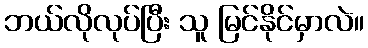
ဘယ်လိုလုပ်ပြီး သူ မြင်နိုင်မှာလဲ။